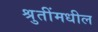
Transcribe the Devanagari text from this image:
श्रुतींमधील